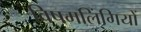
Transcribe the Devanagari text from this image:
विषमलिंगियों